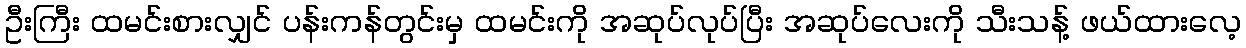
ဦးကြီး ထမင်းစားလျှင် ပန်းကန်တွင်းမှ ထမင်းကို အဆုပ်လုပ်ပြီး အဆုပ်လေးကို သီးသန့် ဖယ်ထားလေ့